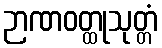
ဉာဏဝတ္ထုသုတ္တံ